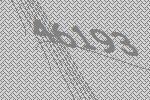
46193